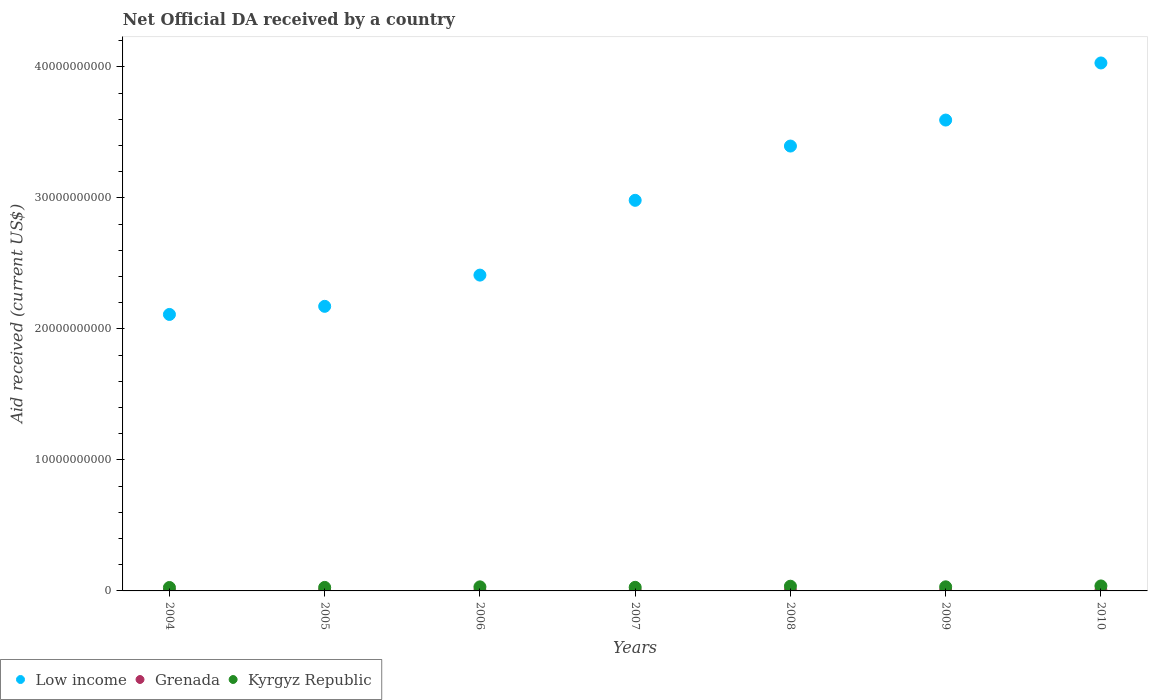
| Years | Low income | Grenada | Kyrgyz Republic |
 | --- | --- | --- | --- |
 | 2004 | 2.11e+10 | 1.56e+07 | 2.61e+08 |
 | 2005 | 2.17e+10 | 5.25e+07 | 2.68e+08 |
 | 2006 | 2.41e+10 | 2.67e+07 | 3.11e+08 |
 | 2007 | 2.98e+10 | 2.30e+07 | 2.74e+08 |
 | 2008 | 3.4e+10 | 3.31e+07 | 3.6e+08 |
 | 2009 | 3.59e+10 | 4.78e+07 | 3.13e+08 |
 | 2010 | 4.03e+10 | 3.38e+07 | 3.8e+08 |